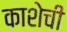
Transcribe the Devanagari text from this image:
काशेची